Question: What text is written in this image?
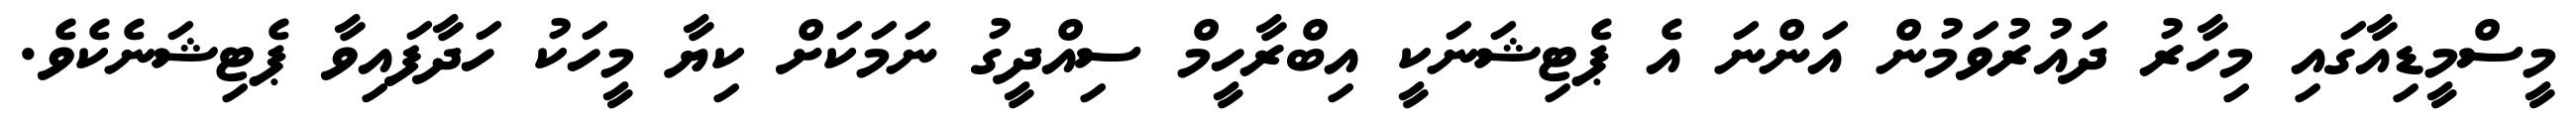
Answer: މީސްމީޑިއާގައި މިހާރު ދައުރުވަމުން އަންނަ އެ ޕެޓިޝަނަކީ އިބްރާހީމް ސިއްދީގު ނަމަކަށް ކިޔާ މީހަކު ހަދާފައިވާ ޕެޓިޝަނެކެވެ.